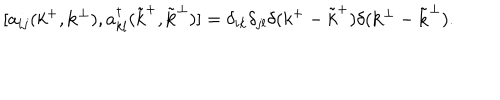
[ a _ { i j } ( k ^ { + } , { \bf k } ^ { \perp } ) , a _ { k l } ^ { \dagger } ( { \tilde { k } } ^ { + } , { \tilde { \bf k } } ^ { \perp } ) ] = \delta _ { i k } \delta _ { j l } \delta ( k ^ { + } - { \tilde { k } } ^ { + } ) \delta ( { \bf k } ^ { \perp } - { \tilde { \bf k } } ^ { \perp } ) .